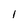
Character: l